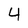
Character: 4